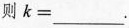
则$$k=___$$.